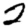
Digit: 2